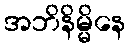
အဘိနိမ္မိနေ